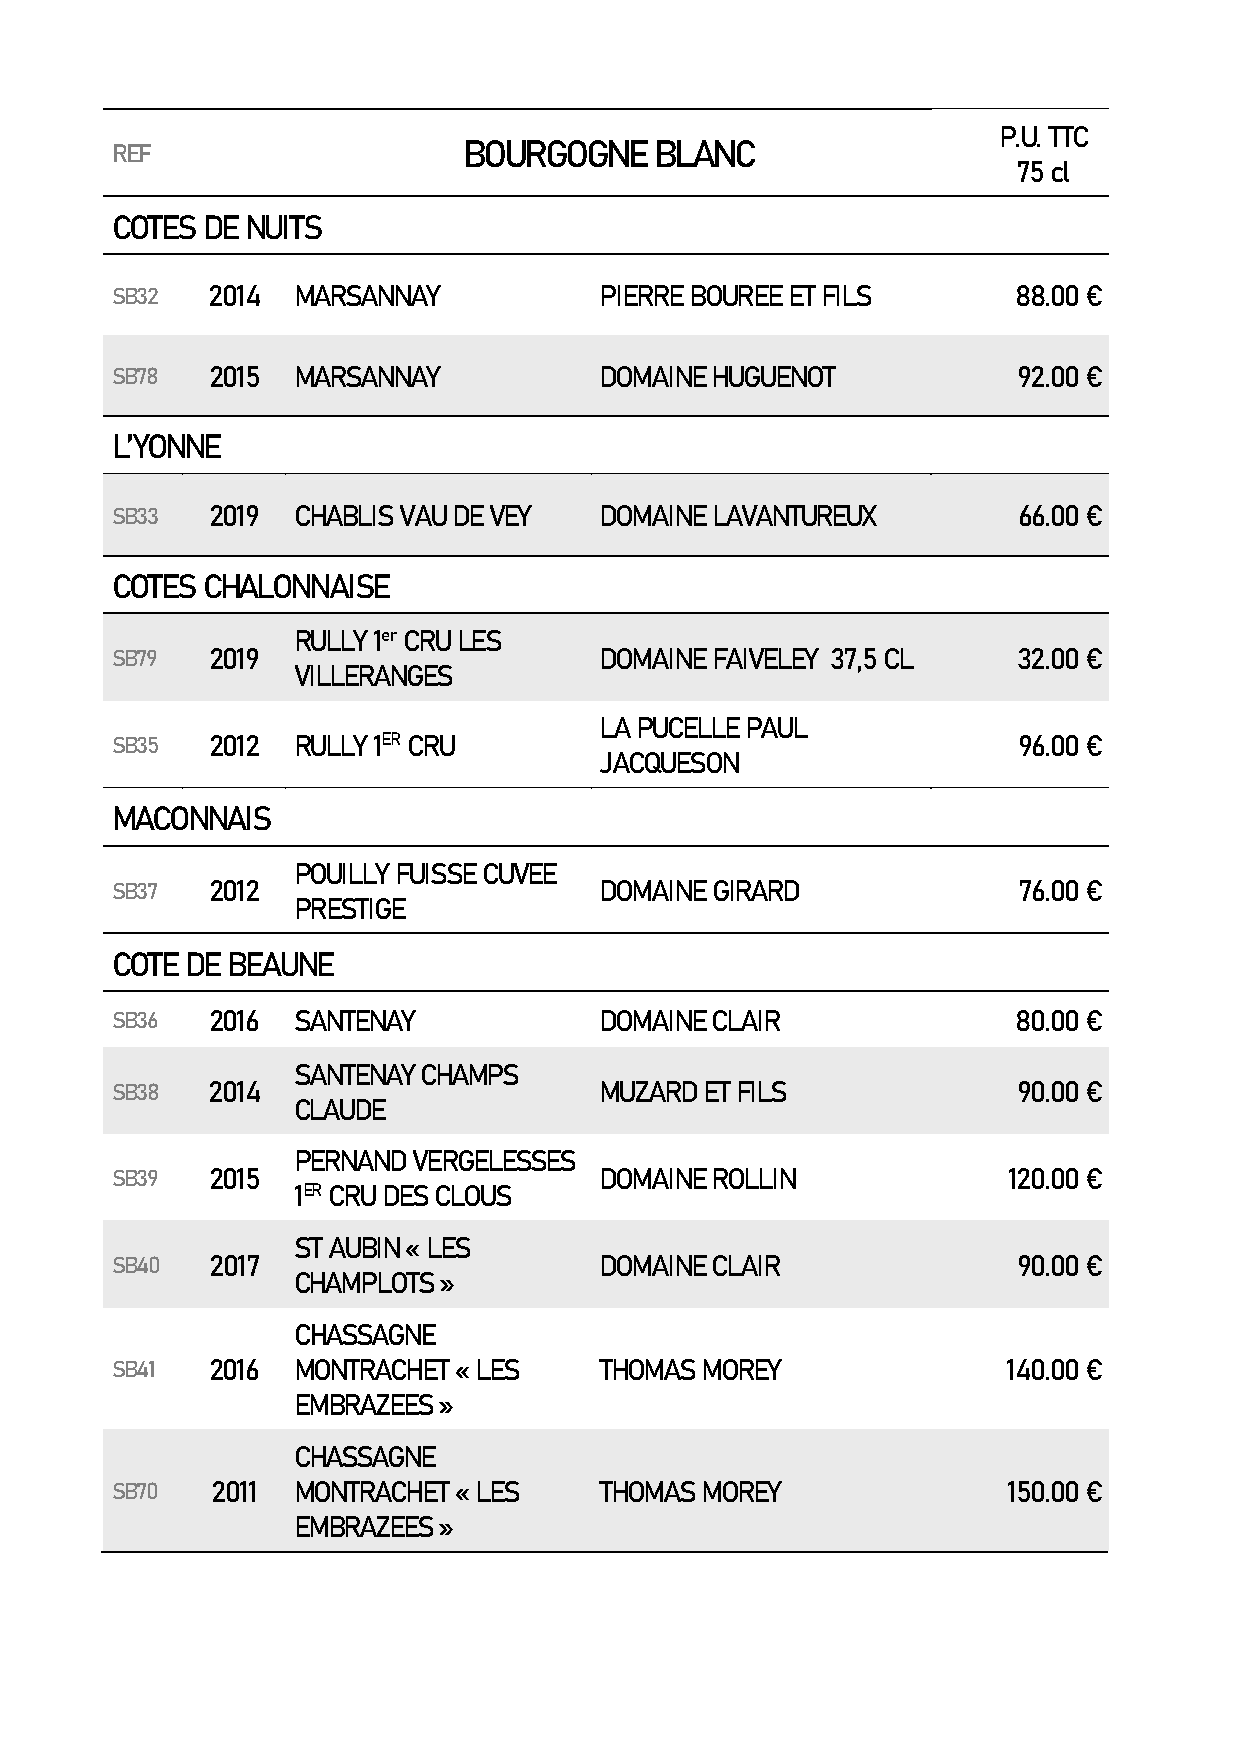
P.U. TTC
 REF                     BOURGOGNE   BLANC
 75 cl
 COTES DE NUITS
 SB32   2014 MARSANNAY            PIERRE BOUREE ET FILS      88.00 €
 SB78   2015 MARSANNAY            DOMAINE HUGUENOT           92.00 €
 L’YONNE
 SB33   2019 CHABLIS VAU DE VEY   DOMAINE LAVANTUREUX        66.00 €
 COTES CHALONNAISE
 RULLY 1er CRU LES
 SB79   2019                      DOMAINE FAIVELEY 37,5 CL   32.00 €
 VILLERANGES
 LA PUCELLE PAUL
 SB35   2012 RULLY 1ER CRU                                   96.00 €
 JACQUESON
 MACONNAIS
 POUILLY FUISSE CUVEE
 SB37   2012                      DOMAINE GIRARD             76.00 €
 PRESTIGE
 COTE DE BEAUNE
 SB36   2016 SANTENAY             DOMAINE CLAIR              80.00 €
 SANTENAY CHAMPS
 SB38   2014                      MUZARD ET FILS             90.00 €
 CLAUDE
 PERNAND VERGELESSES
 SB39   2015                      DOMAINE ROLLIN             120.00 €
 1ER CRU DES CLOUS
 ST AUBIN « LES
 SB40   2017                      DOMAINE CLAIR              90.00 €
 CHAMPLOTS »
 CHASSAGNE
 SB41   2016 MONTRACHET « LES     THOMAS MOREY               140.00 €
 EMBRAZEES »
 CHASSAGNE
 SB70   2011 MONTRACHET « LES     THOMAS MOREY               150.00 €
 EMBRAZEES »